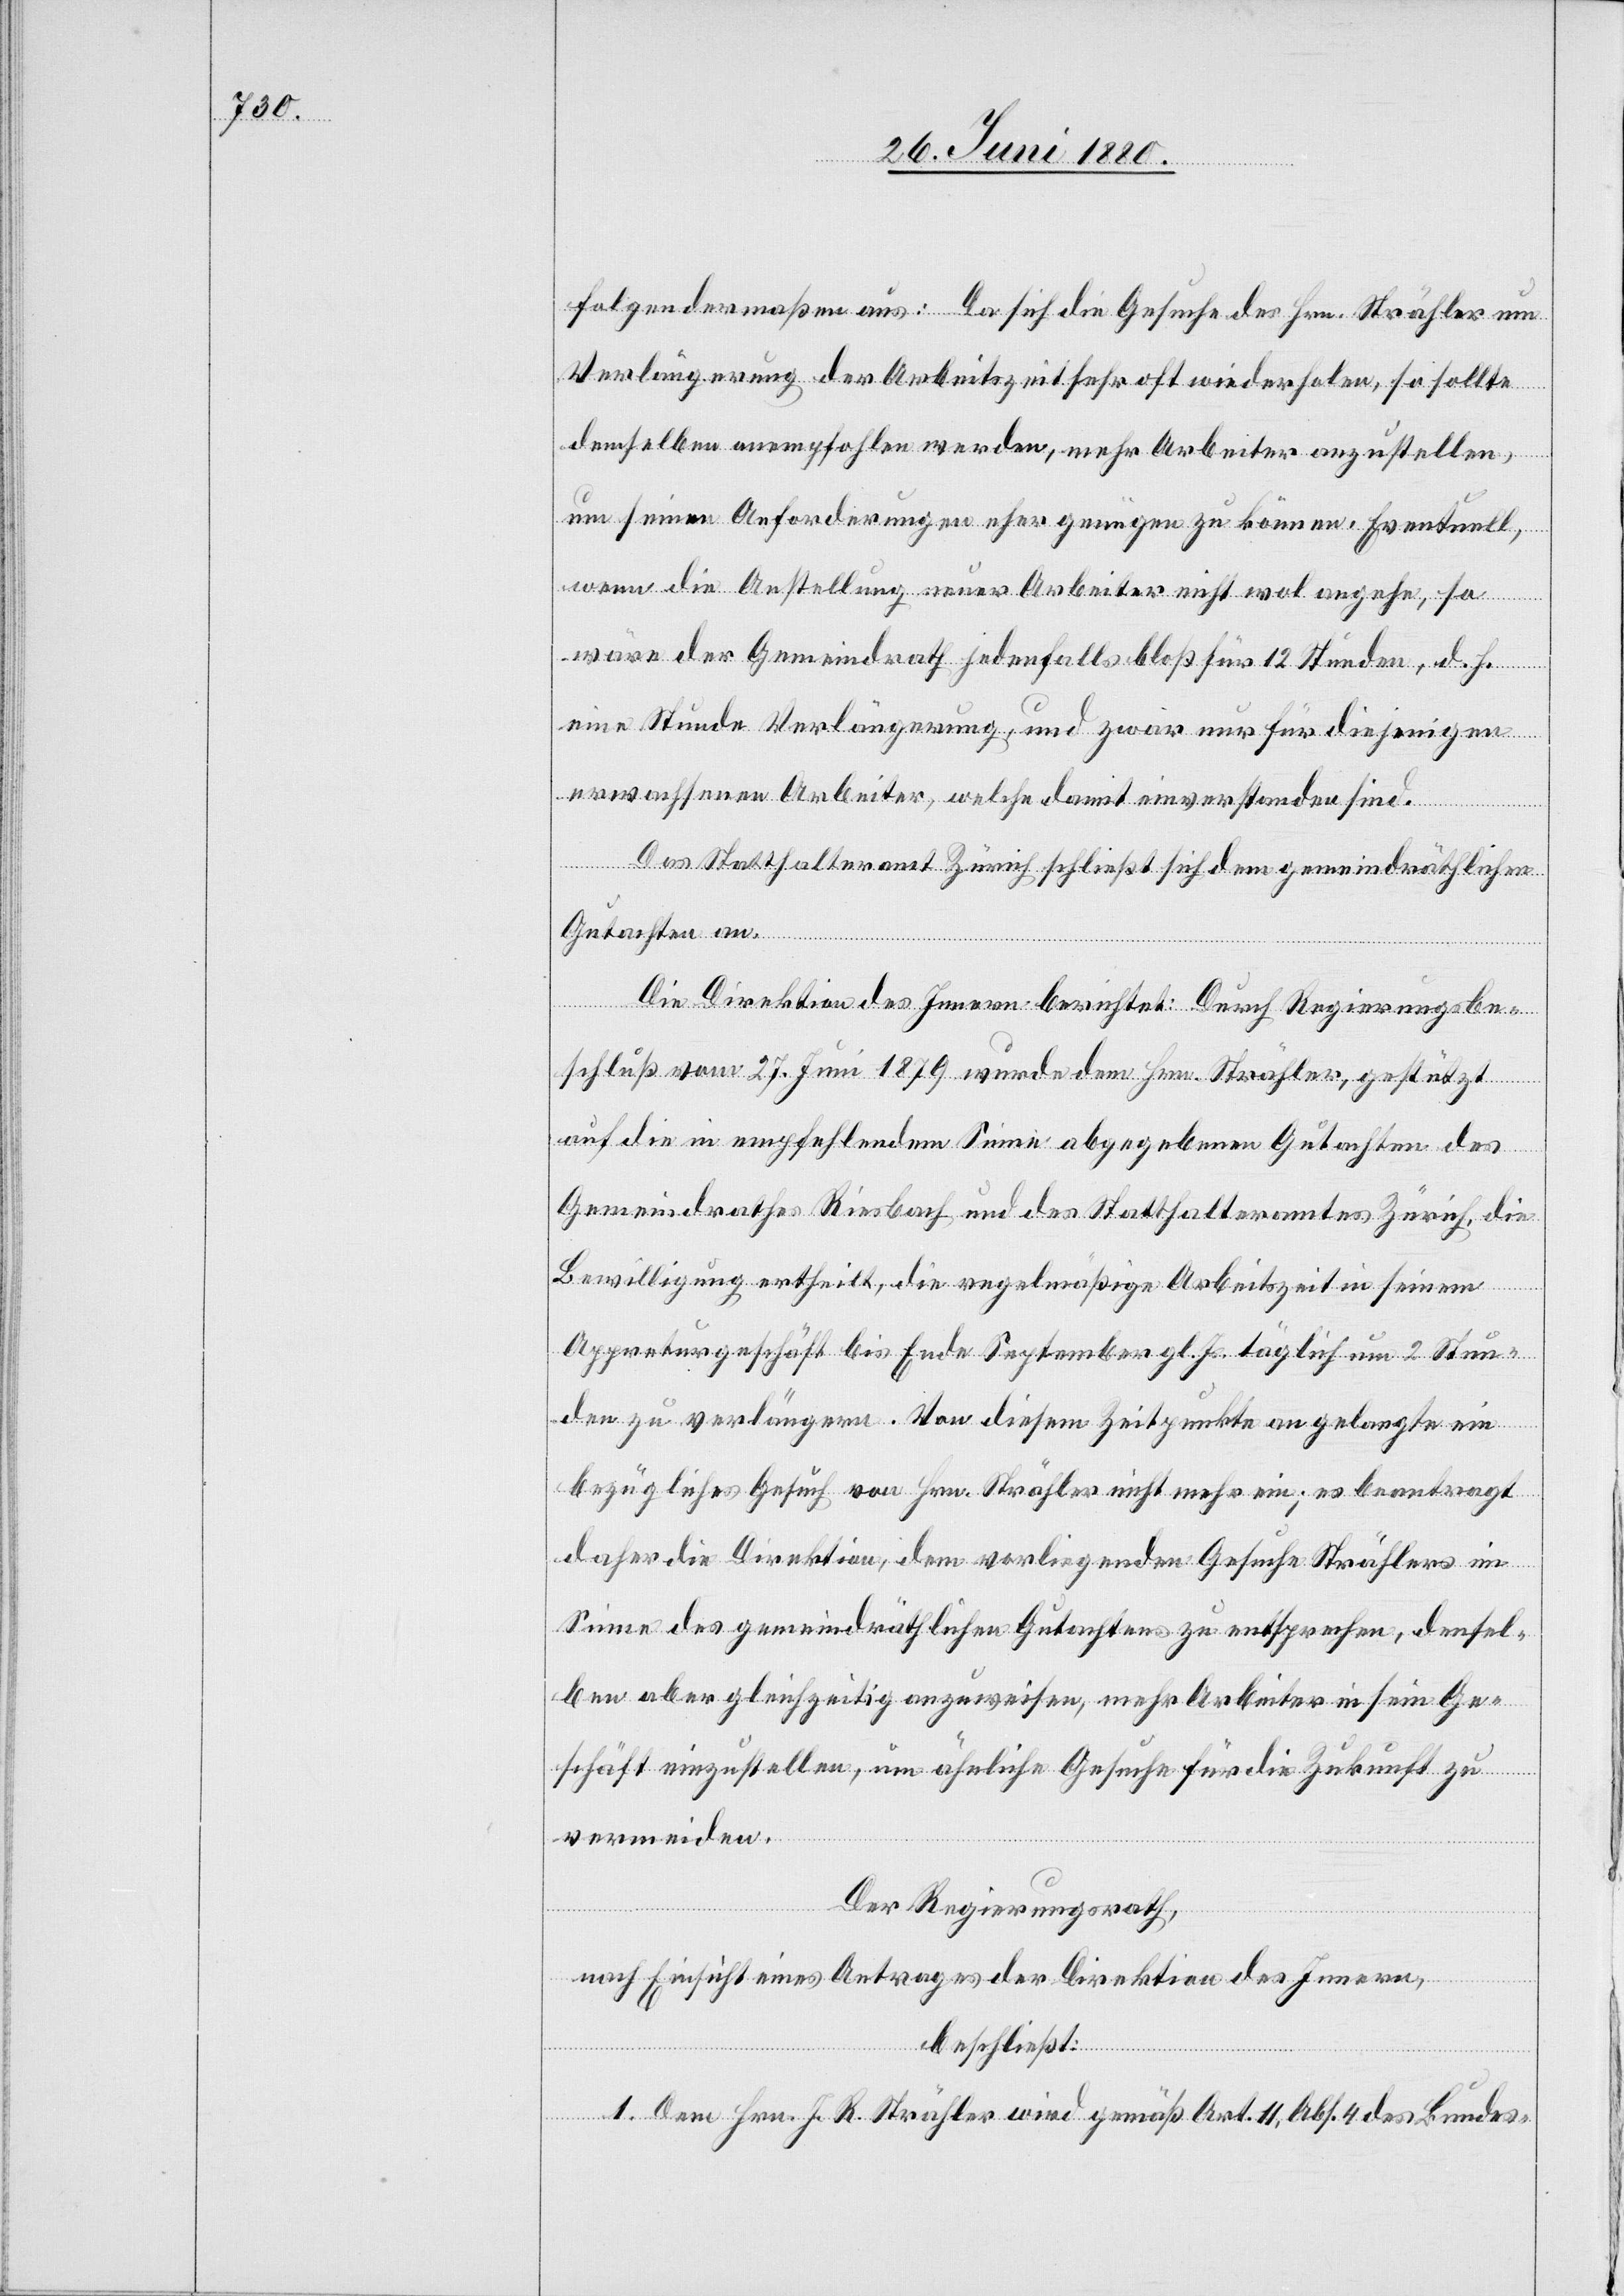
folgendermaßen aus: Da sich die Gesuche des Hrn. Strähler um
Verlängerung der Arbeitszeit wiederholen, so sollte demselben
um seinen Anforderungen eher genügen zu können. Eventuell,
wenn die Anstellung neuer Arbeiter nicht wol angehe, so
anem¬
wäre der Gemeindrath jedenfalls bloß für 12 Stunden, d. h.
eine Stunde Verlängerung, und zwar nur für diejenigen
erwachsenen Arbeiter, welche damit einverstanden sind.
Das Statthalteramt Zürich schließt sich dem gemeindräthlichen
Gutachten an.
ellen,
Die Direktion des Innern berichtet: Durch Regierungsbe¬
schluß vom 27. Juni 1879 wurde dem Hrn. Strähler, gestützt
auf die in empfehlendem Sinne abgegebenen Gutachten des
Gemeindrathes Riesbach und des Statthalteramtes Zürich, die
Bewilligung ertheilt, die regelmäßige Arbeitszeit in seinem
Appreturgeschäft bis Ende September gl. Js. täglich um 2 Stun¬
den zu verlängern. Von diesem Zeitpunkte an gelangte ein
bezügliches Gesuch von Hrn. Strähler nicht mehr ein; es beantragt
daher die Direktion, dem vorliegenden Gesuche Strählers im
Sinne des gemeindräthlichen Gutachtens zu entsprechen, densel¬
ben aber gleichzeitig anzuweisen, mehr Arbeiter in sein Ge¬
schäft einzustellen, um ähnliche Gesuche für die Zukunft zu
vermeiden.
Der Regierungsrath,
nach Einsicht eines Antrages der Direktion des Innern,
beschließt:
1. Den Hrn. J. R. Strähler wird gemäß Art. 11, Abs. 4 des Bundes-